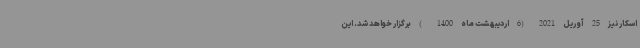
اسکار نیز 25 آوریل 2021 (6 اردیبهشت ماه 1400 ) برگزار خواهد شد. این